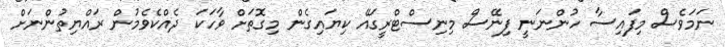
ނަމަވެސް މިފައިސާ ހުންނަނީ ފިނޭސް މިނިސްޓްރީގައޭ ކިޔައިގެން މިގޮތަށް ވާހަކަ ދެއްކެވެމުން ރައްޔިތުންނަށް